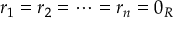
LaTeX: r _ { 1 } = r _ { 2 } = \cdots = r _ { n } = 0 _ { R }